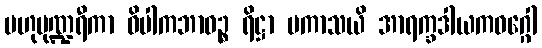
ဗဟုပုဏ္ဍရီကာ ဝိပါကဘာဝဉ္စ ရိဋ္ဌာ ပကာသယိ အာရက္ခဒါယကဝဂ္ဂေါ